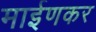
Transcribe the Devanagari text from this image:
माईणकर